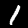
Label: 1